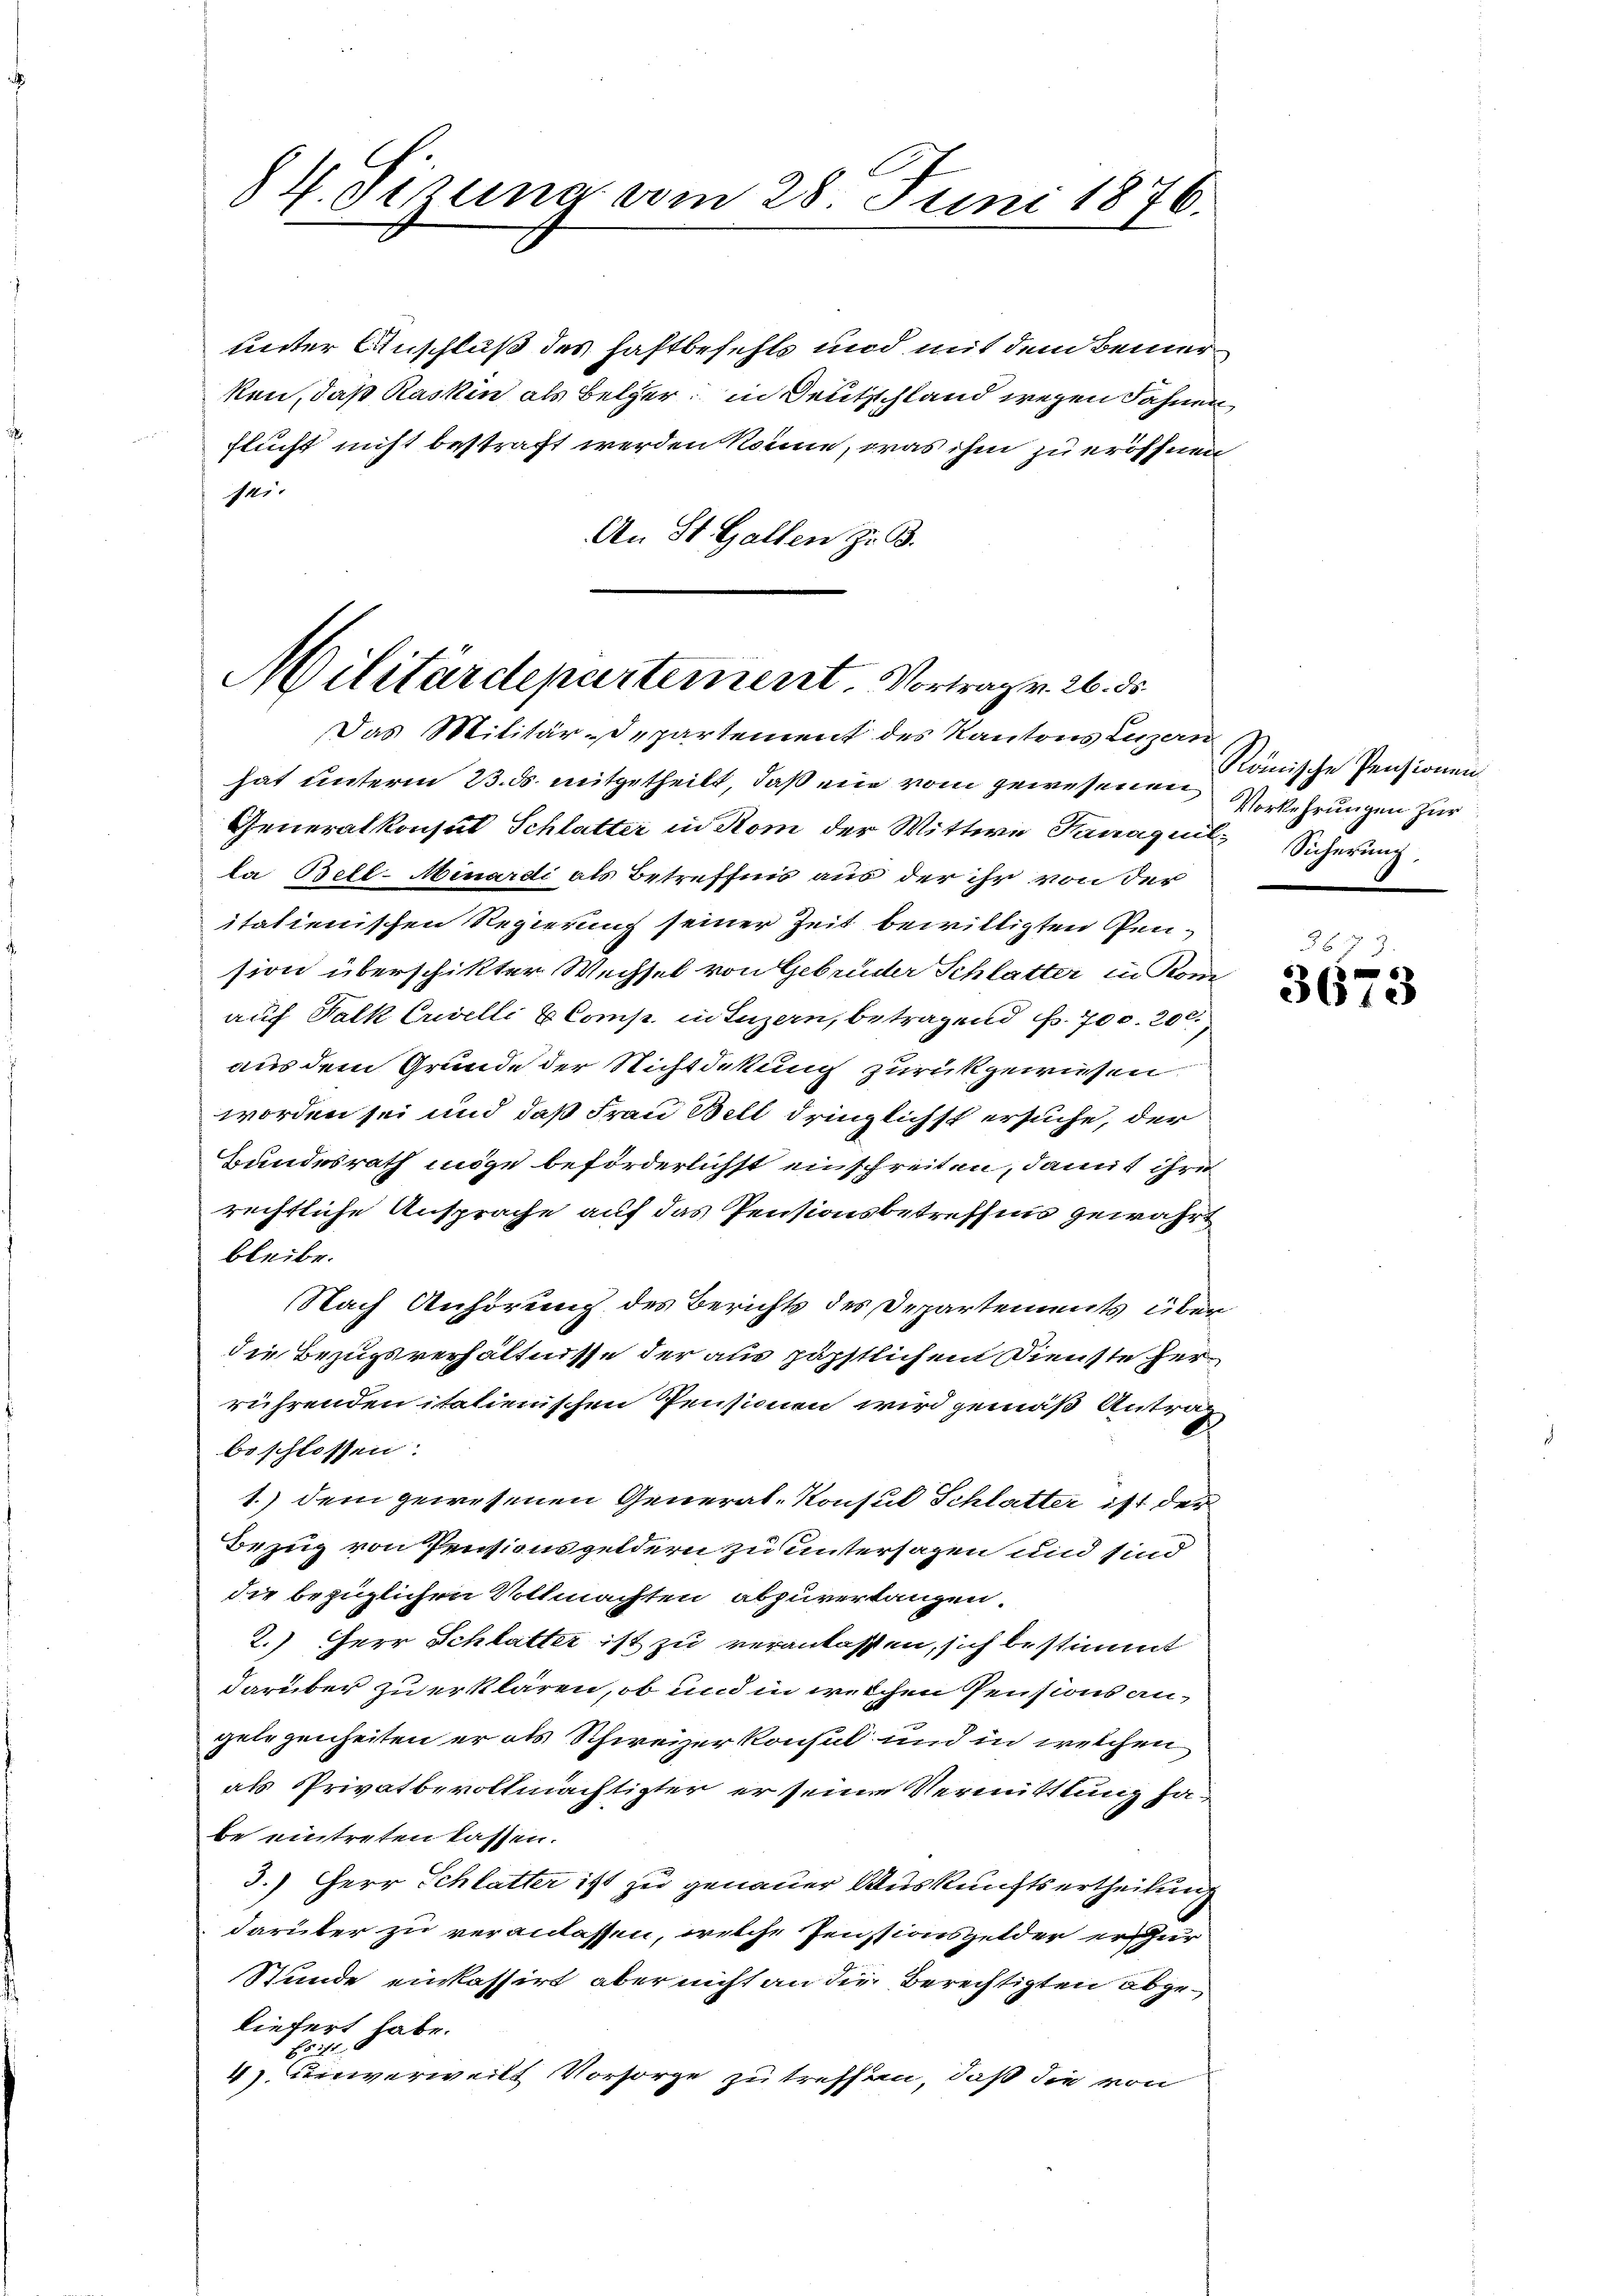
84. Sitzung vom 28. Juni 1876.

unter Anschluß des haftbefehlt und mit dem Bemerken, daß Kaskin als Belger in Deutschland wegen Fahnen
flucht nicht bestraft werden könne, was ihm zu eröffnen,
sei.
An St. Gallen z. B.

Militärdepartement. Vortrag v. 26. ds.
Das Militär-Departement des Kantons Luzern

hat unterm 23. ds. mitgetheilt, daß ein vom gewesenen Vorkehrungen zur
Generalkonsul Schlatter in Rom der Wittwe Hanaquil Sicherung,
la Bell-Menardi als Betreffnis aus der ihr von der
itatienischen Regierung seiner Zeit bewilligten Gension überschikter Wechsel von Gebrüder Schlatter in Kom
auf Falk Cuvelli & Comp. in Luzern, betragend Fr. 700. 20,
aus dem Grunde der Nichtdekung zurückgewiesen.
worden sei und daß Frau Bell dringlichst ersuche, der
Bundesrath möge beförderlichst einschreiten, damit ihre
rechtliche Ansprache auf das Pensionsbetreffnis gewährt
bleibe.
Nach Anhörung des Berichts des Departements über
die Bezugsverhältnisse der aus päpstlichen Dienste herrührenden italienischen Pensionen wird gemäß Antrag
beschlossen:
1.) dem gewesenen General-Konsul Schlatter ist der
Bezug von Pensionsgeldern zu untersagen und sind
die bezüglichen Vollmachten abzuverlangen.
2.) Herr Schlatter ist zu veranlassen, sich bestimmt
darüber zu erklären, ob und in welchen Pensions angelegenheiten er als Schweizer konsul und in welchen
als Privatbevollmächtigter er seine Vermittlung habe eintreten lassen.
3.) Herr Schlatter ist zu genauer Auskunftsertheilung
darüber zu veranlassen, welche Pensionsgelder er zur
Stunde einkassirt, aber nicht an die Berechtigten abgeliefert habe.
Es ist
4) unverweilt Vorsorge zu treffen, daß die von

Ränische Pensionen.

6
3673